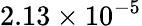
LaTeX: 2.13\times 10^{-5}